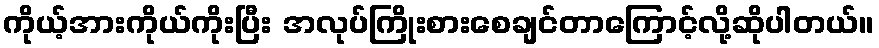
ကိုယ့်အားကိုယ်ကိုးပြီး အလုပ်ကြိုးစားစေချင်တာကြောင့်လို့ဆိုပါတယ်။